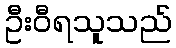
ဦးဝီရသူသည်